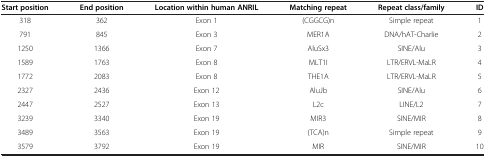
<table><thead><tr><td><b>Start position</b></td><td><b>End position</b></td><td><b>Location within human ANRIL</b></td><td><b>Matching repeat</b></td><td><b>Repeat class/family</b></td><td><b>ID</b></td></tr></thead><tbody><tr><td>318</td><td>362</td><td>Exon 1</td><td>(CGGCG)n</td><td>Simple repeat</td><td>1</td></tr><tr><td>791</td><td>845</td><td>Exon 3</td><td>MER1A</td><td>DNA/hAT-Charlie</td><td>2</td></tr><tr><td>1250</td><td>1366</td><td>Exon 7</td><td>AluSx3</td><td>SINE/Alu</td><td>3</td></tr><tr><td>1589</td><td>1763</td><td>Exon 8</td><td>MLT1I</td><td>LTR/ERVL-MaLR</td><td>4</td></tr><tr><td>1772</td><td>2083</td><td>Exon 8</td><td>THE1A</td><td>LTR/ERVL-MaLR</td><td>5</td></tr><tr><td>2327</td><td>2436</td><td>Exon 12</td><td>AluJb</td><td>SINE/Alu</td><td>6</td></tr><tr><td>2447</td><td>2527</td><td>Exon 13</td><td>L2c</td><td>LINE/L2</td><td>7</td></tr><tr><td>3239</td><td>3340</td><td>Exon 19</td><td>MIR3</td><td>SINE/MIR</td><td>8</td></tr><tr><td>3489</td><td>3563</td><td>Exon 19</td><td>(TCA)n</td><td>Simple repeat</td><td>9</td></tr><tr><td>3579</td><td>3792</td><td>Exon 19</td><td>MIR</td><td>SINE/MIR</td><td>10</td></tr></tbody></table>